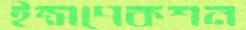
ইন্সপেকশন